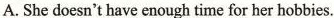
A.She doesn't have enough time for her hobbies.